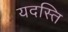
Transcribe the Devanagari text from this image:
यदस्ति